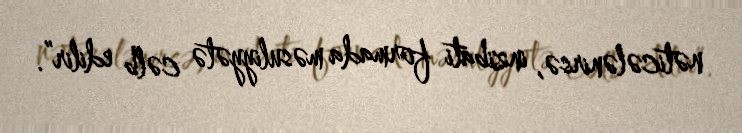
nəticələnirsə, inzibati formada məsuliyyətə cəlb edilir”.